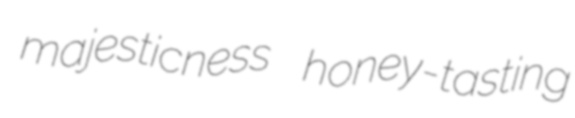
majesticness honey-tasting